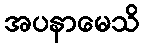
အပနာမေသိ